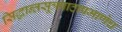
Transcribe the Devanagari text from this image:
सिद्धान्तसूत्रपाठाप्रमाणेच